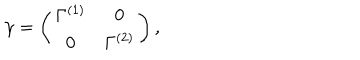
\gamma = \left( \begin{array} { c c } { { \Gamma ^ { ( 1 ) } } } & { { 0 } } \\ { { 0 } } & { { \Gamma ^ { ( 2 ) } } } \\ \end{array} \right) ,